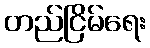
တည်ငြိမ်ရေး